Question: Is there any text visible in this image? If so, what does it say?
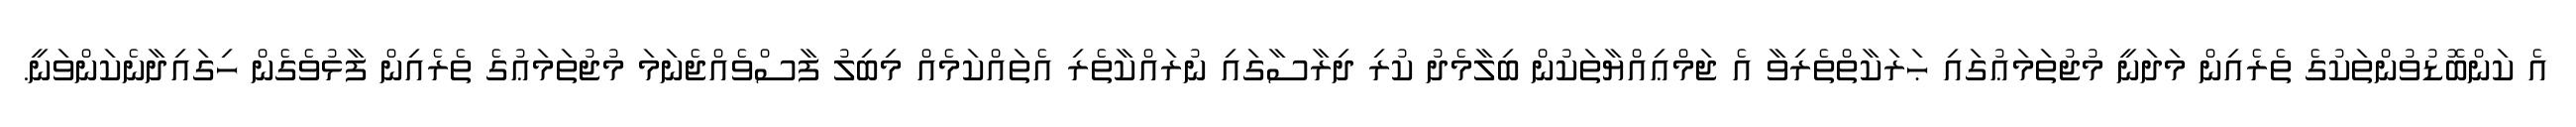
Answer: އެ ކަންބޮޑުވުންތަކުގެ ތެރެއިން މަދަނީ މުޖުތަމަޢުގައި ޙަރަކާތްތެރިވާ އެ ޖަމްޢިއްޔާތަކުން ބިލާމެދު ކުރި ދިރާސާގައި ނުރައްކާތެރި އެތައްކަމެއް މިބިލު ފާސްވެއްޖެނަމަ މުޖުތަމަޢުގެ ތެރެއިން ފާޅުވެގެން ހިގައިދާނެކަންވަނީ.